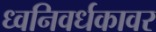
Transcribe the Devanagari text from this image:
ध्वनिवर्धकावर